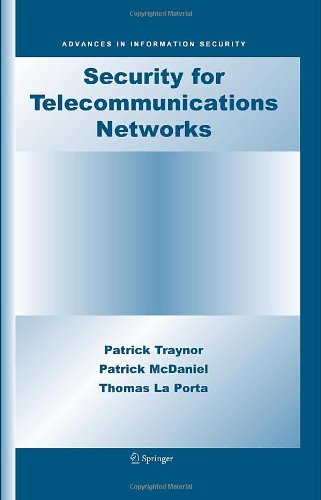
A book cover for Security for Telecommunications Networks (Advances in Information Security); Patrick Traynor; Computers & Technology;